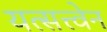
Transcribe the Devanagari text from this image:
यत्सत्त्वेन